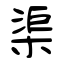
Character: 渠